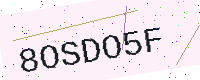
Text: 8OSDO5F